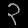
Digit: ၃